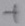
Text: +